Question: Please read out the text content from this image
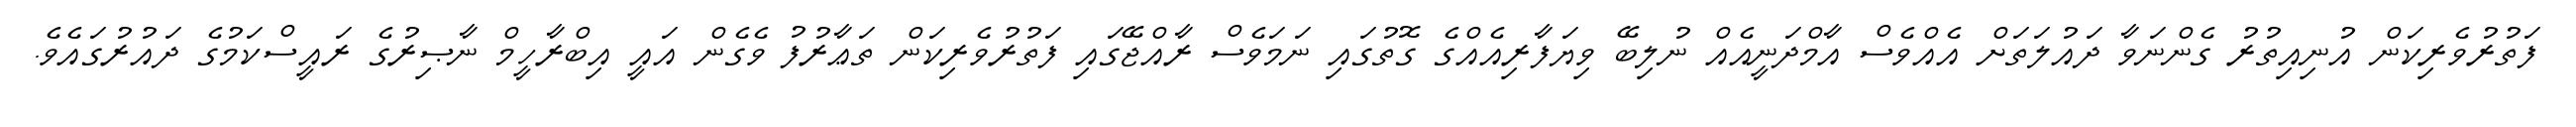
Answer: ފަތުރުވެރިކަން އުނިއިތުރު ގެންނަވާ ދައުލަތަށް އެއްވެސް އާމްދަނީއެއް ނުލިބޭ ވިޔަފާރިއެއްގެ ގޮތުގައި ނަމަވެސް ރާއްޖޭގައި ފަތުރުވެރިކަން ތަޢާރުފު ވެގެން އައީ އިބްރާހީމް ނާޞިރުގެ ރައީސްކަމުގެ ދައުރުގައެވެ.